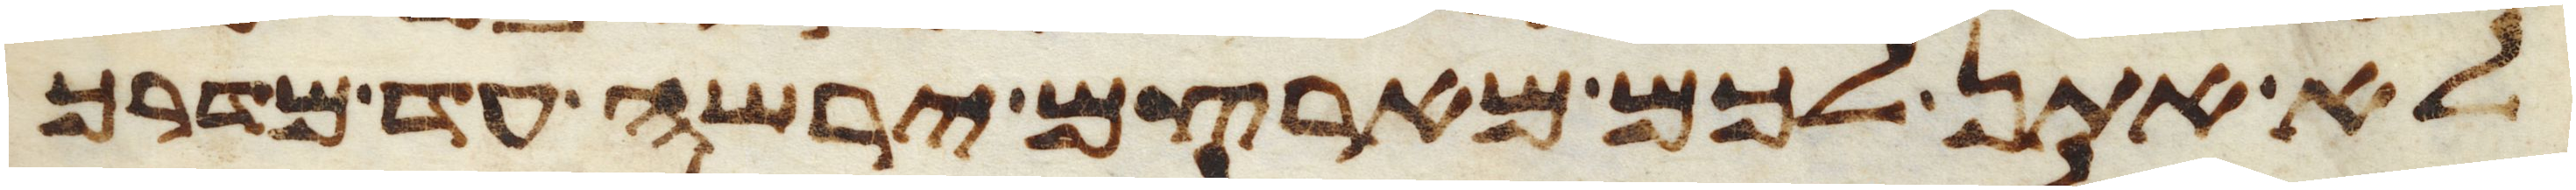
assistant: לא אתן לכם מארצם ירשה עד מדרך